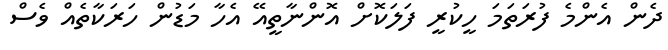
ދެން އެންމެ ފުރަތަމަ ހީކުރީ ފަލަކޮށް އޮންނާތީއޭ އެހާ މަޑުން ހަރަކާތެއް ވެސް